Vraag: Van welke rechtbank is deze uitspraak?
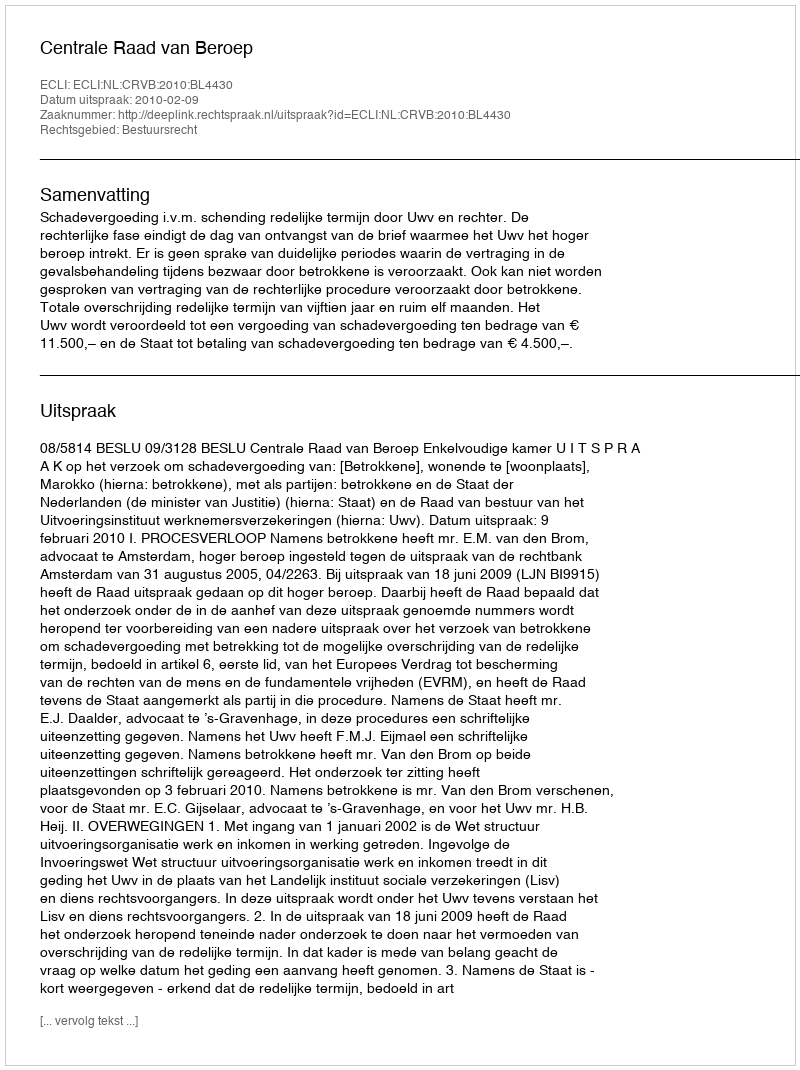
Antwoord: Centrale Raad van Beroep